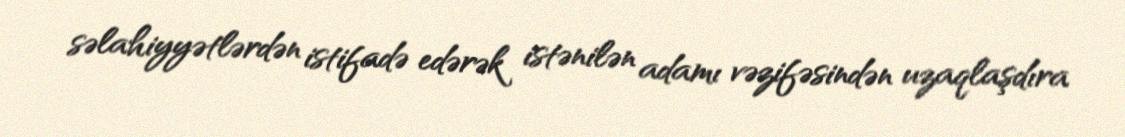
səlahiyyətlərdən istifadə edərək istənilən adamı vəzifəsindən uzaqlaşdıra